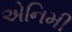
એનિમી